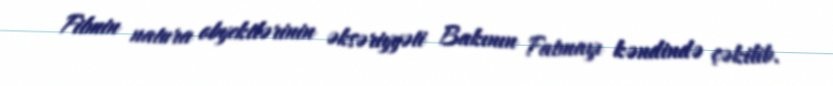
Filmin natura obyektlərinin əksəriyyəti Bakının Fatmayı kəndində çəkilib.